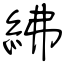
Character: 紼